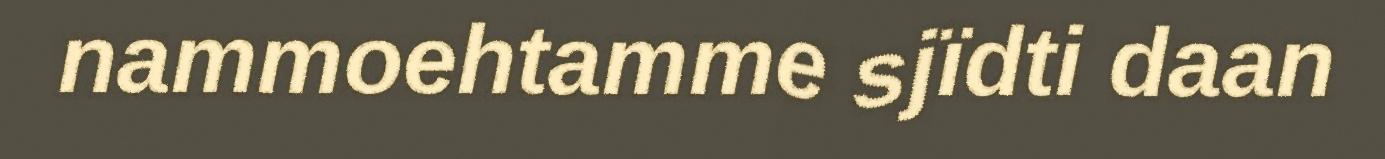
nammoehtamme sjïdti daan